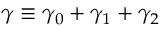
\gamma \equiv \gamma _ { 0 } + \gamma _ { 1 } + \gamma _ { 2 }